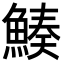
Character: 𩹀